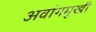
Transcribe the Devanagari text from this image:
अवांगमुखी